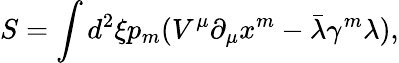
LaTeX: S=\int d^{2}\xi p_{m}(V^{\mu}\partial_{\mu}x^{m}-\bar{\lambda}\gamma^{m}\lambda),